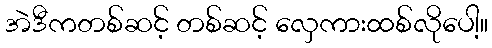
အဲဒီကတစ်ဆင့် တစ်ဆင့် လှေကားထစ်လိုပေါ့။